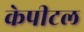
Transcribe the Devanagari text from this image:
केपीटल